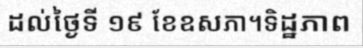
ដល់ថ្ងៃទី ១៩ ខែឧសភា។ទិដ្ឋភាព